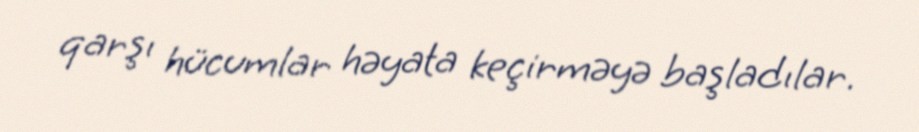
qarşı hücumlar həyata keçirməyə başladılar.